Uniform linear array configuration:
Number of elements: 48
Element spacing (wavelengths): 0.25
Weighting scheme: blackman
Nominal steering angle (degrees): -30
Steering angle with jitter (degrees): -29.838
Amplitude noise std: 0.05
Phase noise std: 0.05

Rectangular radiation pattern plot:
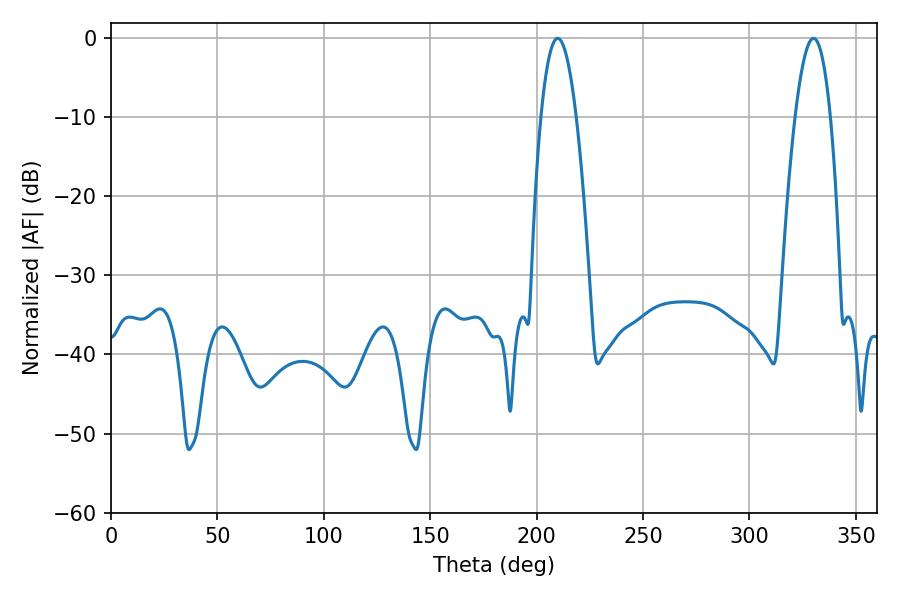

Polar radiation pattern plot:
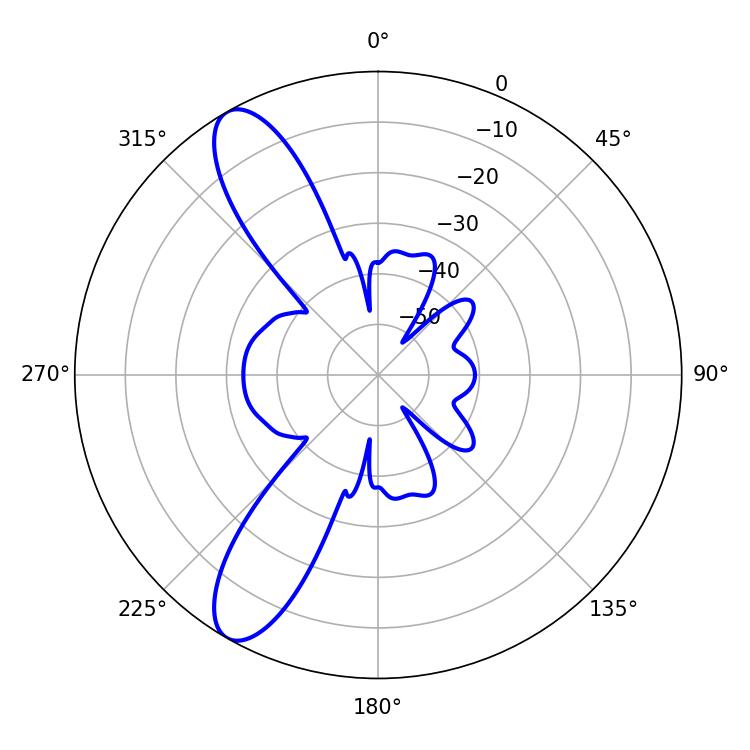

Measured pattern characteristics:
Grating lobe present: FALSE
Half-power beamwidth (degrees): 9.18
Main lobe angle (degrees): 209.88